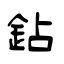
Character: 鉆